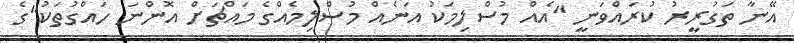
އޭނާ ތަގުރީރު ކުރައްވަނީ "އެއް މުސްލިމަކު އަނެއް މުސްލިމެއްގެ މައްޗަށް އޮންނަ ހައްގުތަކު"ގެ